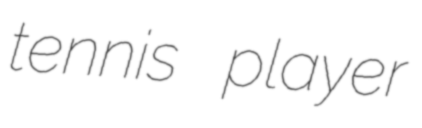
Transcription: tennis player